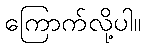
ကြောက်လို့ပါ။